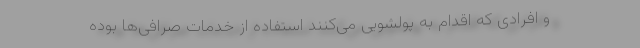
و افرادی که اقدام به پولشویی‌ می‌کنند استفاده از خدمات صرافی‌ها بوده